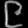
Digit: ၉